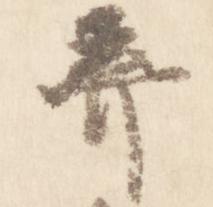
棄